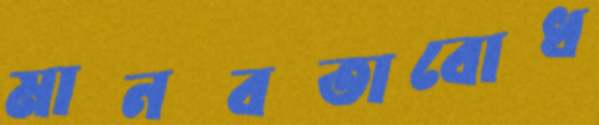
মানবতাবোধ